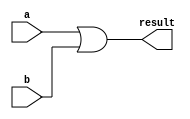
module test1(
	input a,
	input b,
	output result
	);
	
	assign result = a|b;
	
endmodule